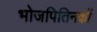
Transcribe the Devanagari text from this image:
भोजपितिनकों